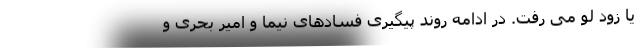
یا زود لو می رفت. در ادامه روند پیگیری فسادهای نیما و امیر بحری و